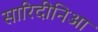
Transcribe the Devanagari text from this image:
सारिदीनिआ